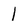
Character: 1